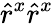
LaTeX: \hat{r}^{x}\hat{r}^{x}